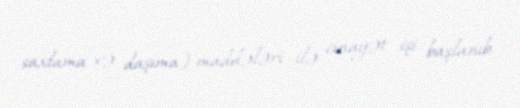
saxlama və daşıma) maddələri ilə cinayət işi başlanıb.